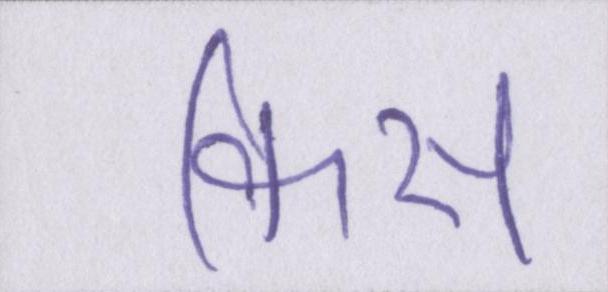
किस